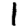
Digit: 1